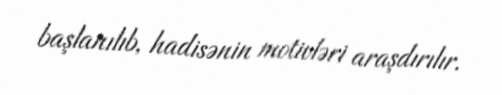
başlanılıb, hadisənin motivləri araşdırılır.